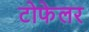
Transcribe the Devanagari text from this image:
टोफेलर